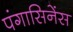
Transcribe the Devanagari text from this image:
पंगासिनेंस